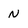
Character: N